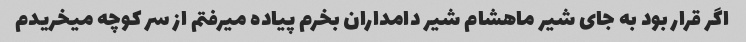
اگر قرار بود به جای شیر ماهشام شیر دامداران بخرم پیاده میرفتم از سر کوچه میخریدم